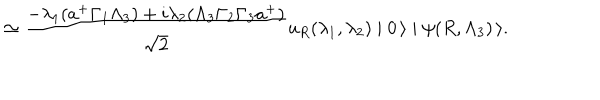
LaTeX: \simeq \frac { - \lambda _ { 1 } ( a ^ { + } \Gamma _ { 1 } \Lambda _ { 3 } ) + i \lambda _ { 2 } ( \Lambda _ { 3 } \Gamma _ { 2 } \Gamma _ { 3 } a ^ { + } ) } { \sqrt { 2 } } u _ { R } ( \lambda _ { 1 } , \lambda _ { 2 } ) \mid 0 \, \rangle \mid \psi ( R , \Lambda _ { 3 } ) \, \rangle .